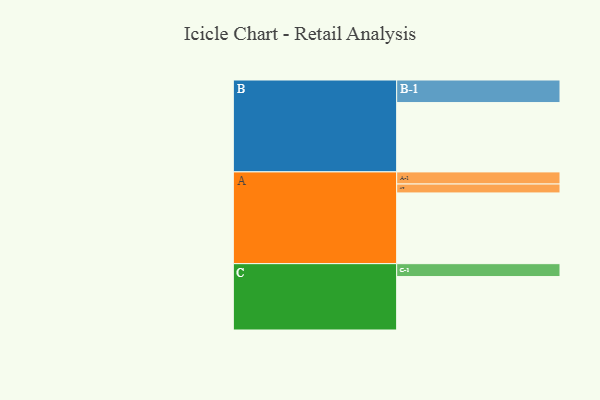
{"axis": {"x": "Segment", "y": "Value"}, "legend": ["", "A", "B", "C"], "data": [{"x": "A", "y": 548, "type": ""}, {"x": "B", "y": 537, "type": ""}, {"x": "C", "y": 414, "type": ""}, {"x": "A-1", "y": 94, "type": "A"}, {"x": "A-2", "y": 69, "type": "A"}, {"x": "B-1", "y": 175, "type": "B"}, {"x": "C-1", "y": 100, "type": "C"}]}